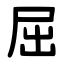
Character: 屈